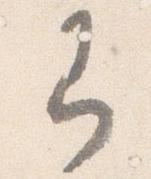
即